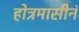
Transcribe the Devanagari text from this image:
होत्रमासीनं